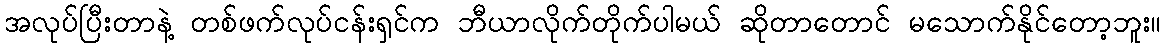
အလုပ်ပြီးတာနဲ့ တစ်ဖက်လုပ်ငန်းရှင်က ဘီယာလိုက်တိုက်ပါမယ် ဆိုတာတောင် မသောက်နိုင်တော့ဘူး။